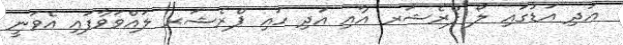
އަދި އަޑުގައި ލޯ ޕްރެޝަރ އާއި އަދި ހައި ޕްރެޝަރ ލައްވަވާފައި އެވަނީ